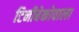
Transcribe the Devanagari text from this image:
टिनीबेकोवाला